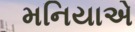
મનિયાએ